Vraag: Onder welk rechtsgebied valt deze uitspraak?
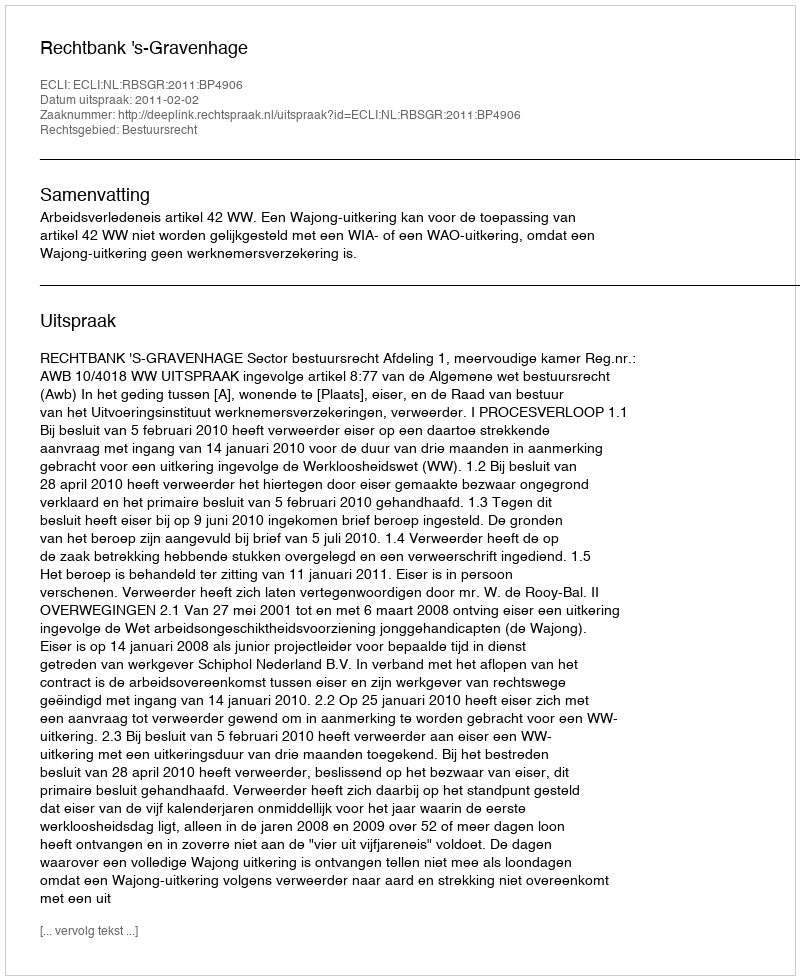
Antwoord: Bestuursrecht